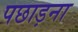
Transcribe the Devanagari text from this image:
पछाड़ना